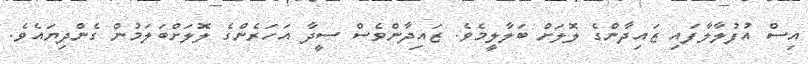
އިސް އުފުލާލާފައި ޒައިދާންގެ ލޮލަށް ބަލާލީމެވެ. ޒައިދާންވެސް ސީދާ އަހަރެންގެ ލޮލަށްބަލަމުން ގެންދިޔައެވެ.